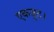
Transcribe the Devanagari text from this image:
एकजुट।